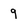
Character: 9